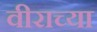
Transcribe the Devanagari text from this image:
वीराच्या